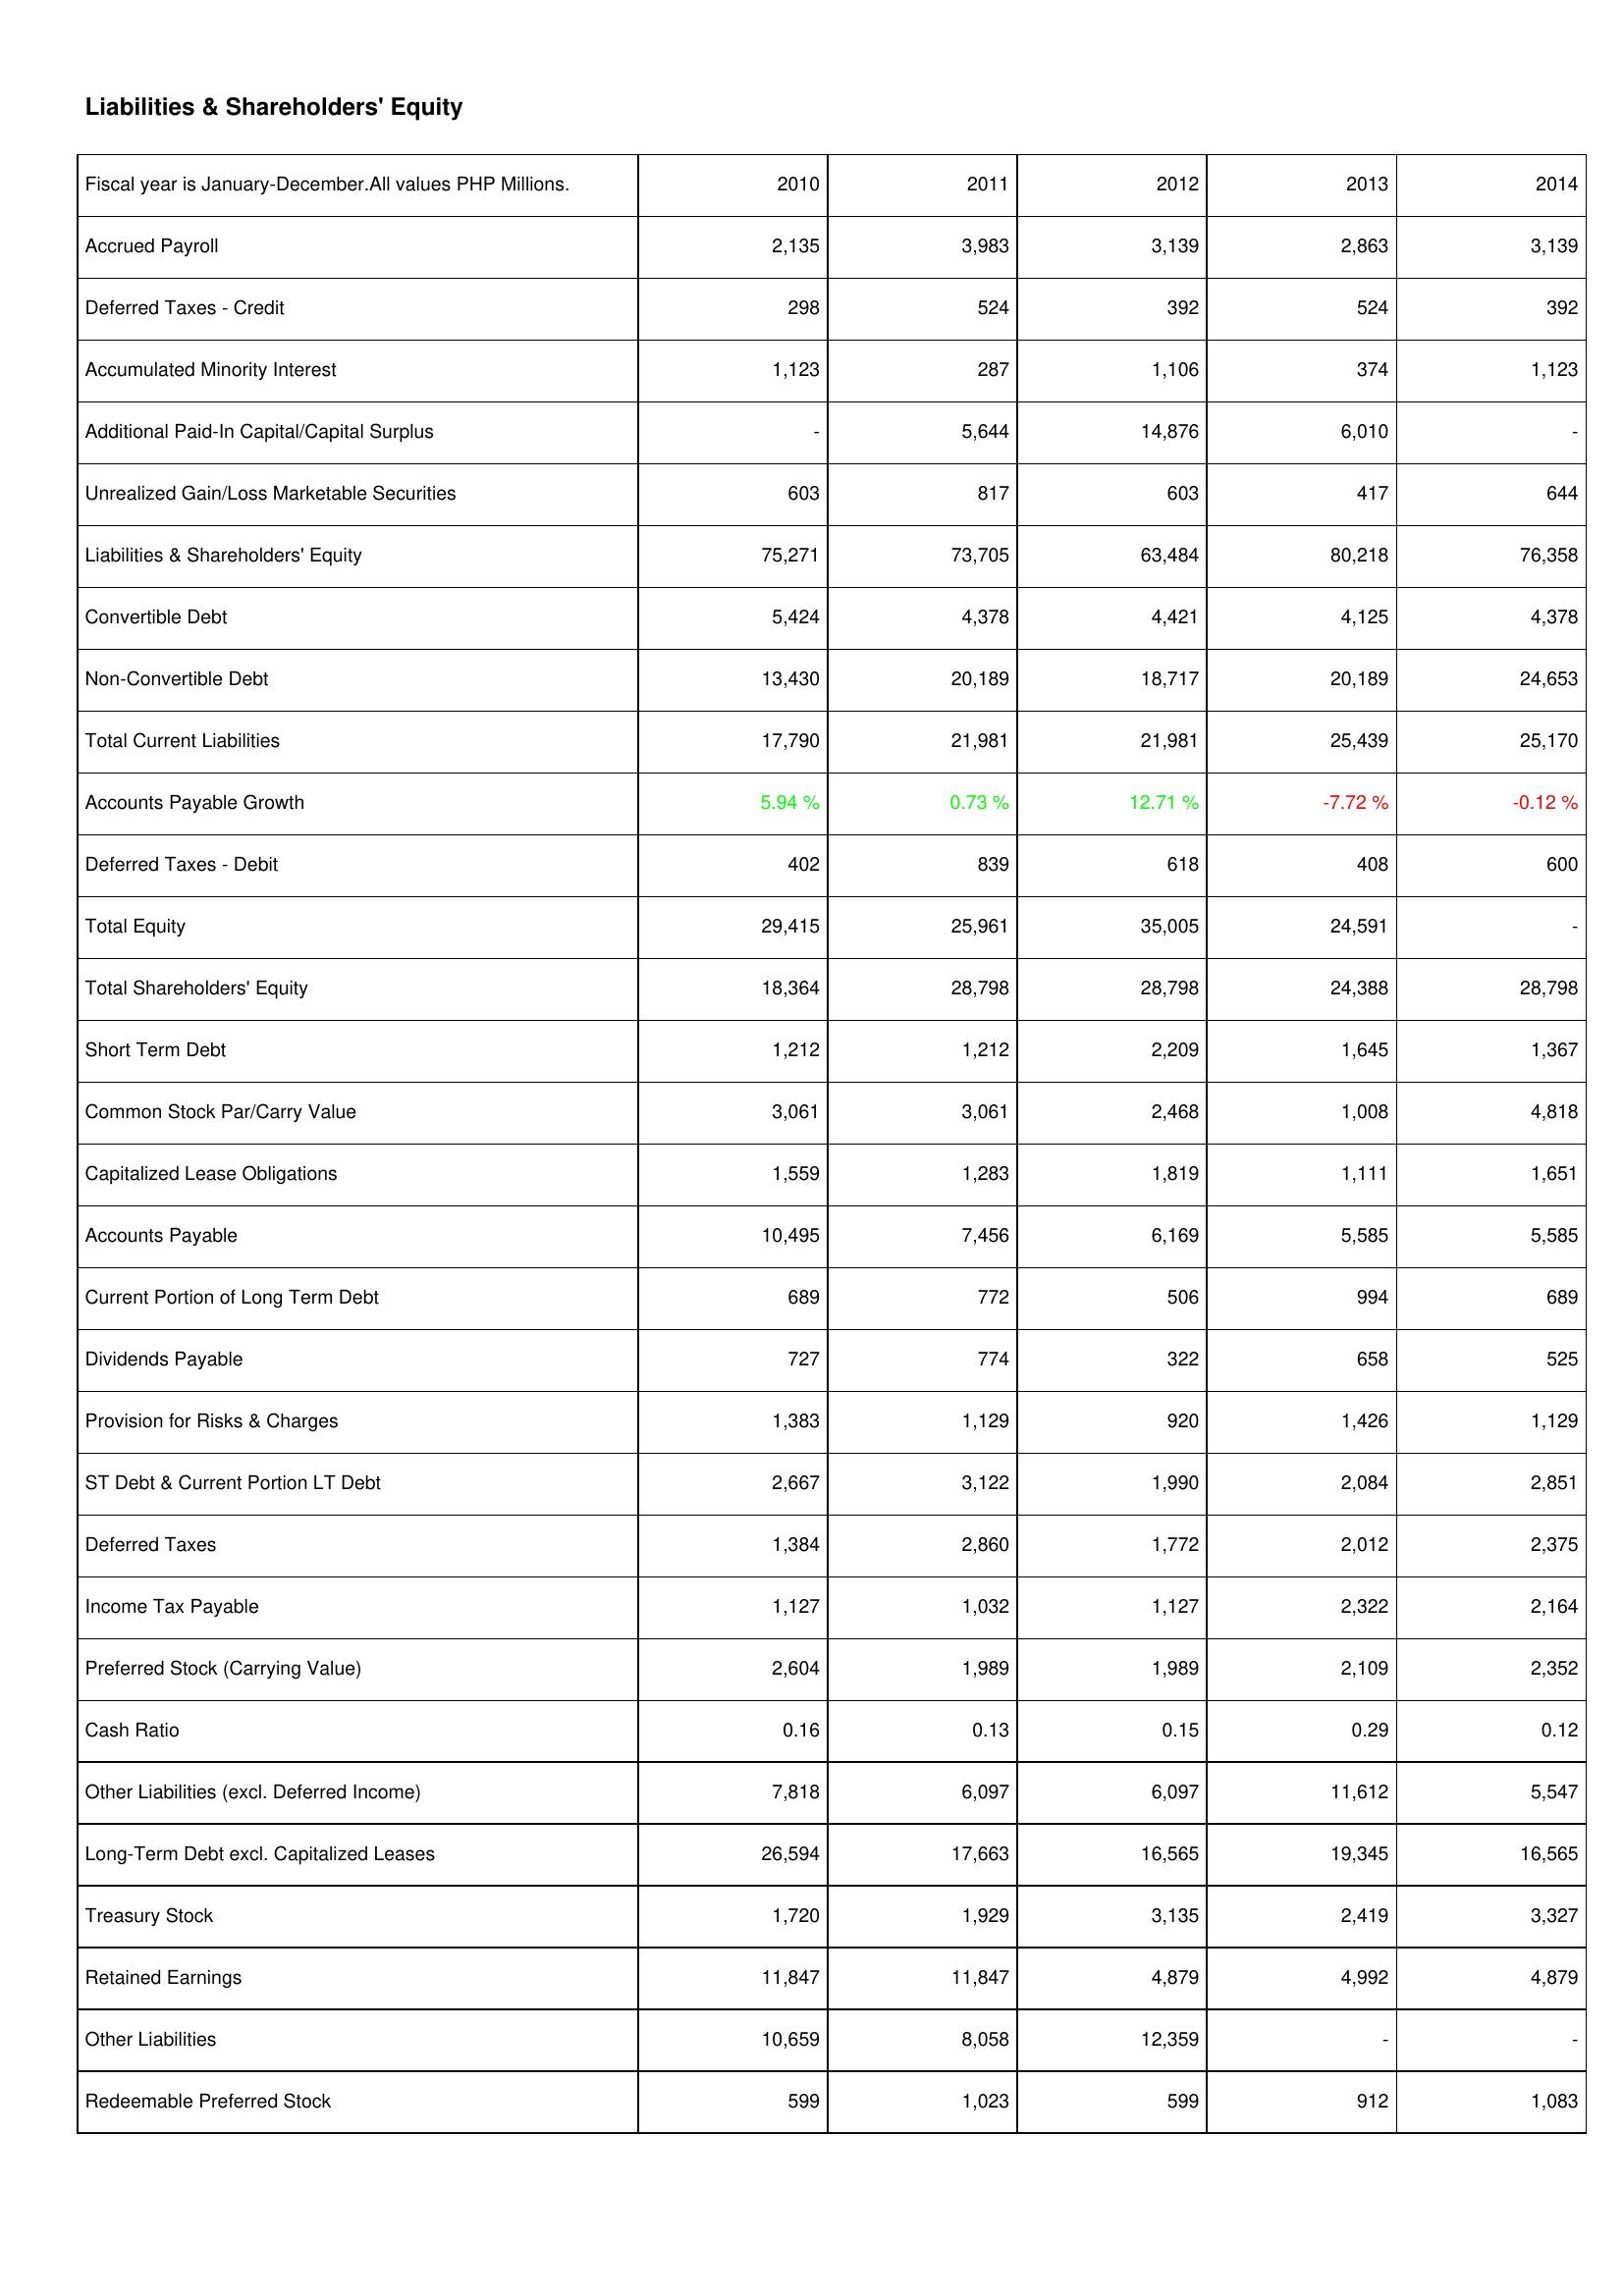
2010: Liabilities & Shareholders' Equity: Accrued Payroll: 2,135
Deferred Taxes - Credit: 298
Accumulated Minority Interest: 1,123
Additional Paid-In Capital/Capital Surplus: -
Unrealized Gain/Loss Marketable Securities: 603
Liabilities & Shareholders' Equity: 75,271
Convertible Debt: 5,424
Non-Convertible Debt: 13,430
Total Current Liabilities: 17,790
Accounts Payable Growth: 5.94 %
Deferred Taxes - Debit: 402
Total Equity: 29,415
Total Shareholders' Equity: 18,364
Short Term Debt: 1,212
Common Stock Par/Carry Value: 3,061
Capitalized Lease Obligations: 1,559
Accounts Payable: 10,495
Current Portion of Long Term Debt: 689
Dividends Payable: 727
Provision for Risks & Charges: 1,383
ST Debt & Current Portion LT Debt: 2,667
Deferred Taxes: 1,384
Income Tax Payable: 1,127
Preferred Stock (Carrying Value): 2,604
Cash Ratio: 0.16
Other Liabilities (excl. Deferred Income): 7,818
Long-Term Debt excl. Capitalized Leases: 26,594
Treasury Stock: 1,720
Retained Earnings: 11,847
Other Liabilities: 10,659
Redeemable Preferred Stock: 599
2011: Liabilities & Shareholders' Equity: Accrued Payroll: 3,983
Deferred Taxes - Credit: 524
Accumulated Minority Interest: 287
Additional Paid-In Capital/Capital Surplus: 5,644
Unrealized Gain/Loss Marketable Securities: 817
Liabilities & Shareholders' Equity: 73,705
Convertible Debt: 4,378
Non-Convertible Debt: 20,189
Total Current Liabilities: 21,981
Accounts Payable Growth: 0.73 %
Deferred Taxes - Debit: 839
Total Equity: 25,961
Total Shareholders' Equity: 28,798
Short Term Debt: 1,212
Common Stock Par/Carry Value: 3,061
Capitalized Lease Obligations: 1,283
Accounts Payable: 7,456
Current Portion of Long Term Debt: 772
Dividends Payable: 774
Provision for Risks & Charges: 1,129
ST Debt & Current Portion LT Debt: 3,122
Deferred Taxes: 2,860
Income Tax Payable: 1,032
Preferred Stock (Carrying Value): 1,989
Cash Ratio: 0.13
Other Liabilities (excl. Deferred Income): 6,097
Long-Term Debt excl. Capitalized Leases: 17,663
Treasury Stock: 1,929
Retained Earnings: 11,847
Other Liabilities: 8,058
Redeemable Preferred Stock: 1,023
2012: Liabilities & Shareholders' Equity: Accrued Payroll: 3,139
Deferred Taxes - Credit: 392
Accumulated Minority Interest: 1,106
Additional Paid-In Capital/Capital Surplus: 14,876
Unrealized Gain/Loss Marketable Securities: 603
Liabilities & Shareholders' Equity: 63,484
Convertible Debt: 4,421
Non-Convertible Debt: 18,717
Total Current Liabilities: 21,981
Accounts Payable Growth: 12.71 %
Deferred Taxes - Debit: 618
Total Equity: 35,005
Total Shareholders' Equity: 28,798
Short Term Debt: 2,209
Common Stock Par/Carry Value: 2,468
Capitalized Lease Obligations: 1,819
Accounts Payable: 6,169
Current Portion of Long Term Debt: 506
Dividends Payable: 322
Provision for Risks & Charges: 920
ST Debt & Current Portion LT Debt: 1,990
Deferred Taxes: 1,772
Income Tax Payable: 1,127
Preferred Stock (Carrying Value): 1,989
Cash Ratio: 0.15
Other Liabilities (excl. Deferred Income): 6,097
Long-Term Debt excl. Capitalized Leases: 16,565
Treasury Stock: 3,135
Retained Earnings: 4,879
Other Liabilities: 12,359
Redeemable Preferred Stock: 599
2013: Liabilities & Shareholders' Equity: Accrued Payroll: 2,863
Deferred Taxes - Credit: 524
Accumulated Minority Interest: 374
Additional Paid-In Capital/Capital Surplus: 6,010
Unrealized Gain/Loss Marketable Securities: 417
Liabilities & Shareholders' Equity: 80,218
Convertible Debt: 4,125
Non-Convertible Debt: 20,189
Total Current Liabilities: 25,439
Accounts Payable Growth: -7.72 %
Deferred Taxes - Debit: 408
Total Equity: 24,591
Total Shareholders' Equity: 24,388
Short Term Debt: 1,645
Common Stock Par/Carry Value: 1,008
Capitalized Lease Obligations: 1,111
Accounts Payable: 5,585
Current Portion of Long Term Debt: 994
Dividends Payable: 658
Provision for Risks & Charges: 1,426
ST Debt & Current Portion LT Debt: 2,084
Deferred Taxes: 2,012
Income Tax Payable: 2,322
Preferred Stock (Carrying Value): 2,109
Cash Ratio: 0.29
Other Liabilities (excl. Deferred Income): 11,612
Long-Term Debt excl. Capitalized Leases: 19,345
Treasury Stock: 2,419
Retained Earnings: 4,992
Other Liabilities: -
Redeemable Preferred Stock: 912
2014: Liabilities & Shareholders' Equity: Accrued Payroll: 3,139
Deferred Taxes - Credit: 392
Accumulated Minority Interest: 1,123
Additional Paid-In Capital/Capital Surplus: -
Unrealized Gain/Loss Marketable Securities: 644
Liabilities & Shareholders' Equity: 76,358
Convertible Debt: 4,378
Non-Convertible Debt: 24,653
Total Current Liabilities: 25,170
Accounts Payable Growth: -0.12 %
Deferred Taxes - Debit: 600
Total Equity: -
Total Shareholders' Equity: 28,798
Short Term Debt: 1,367
Common Stock Par/Carry Value: 4,818
Capitalized Lease Obligations: 1,651
Accounts Payable: 5,585
Current Portion of Long Term Debt: 689
Dividends Payable: 525
Provision for Risks & Charges: 1,129
ST Debt & Current Portion LT Debt: 2,851
Deferred Taxes: 2,375
Income Tax Payable: 2,164
Preferred Stock (Carrying Value): 2,352
Cash Ratio: 0.12
Other Liabilities (excl. Deferred Income): 5,547
Long-Term Debt excl. Capitalized Leases: 16,565
Treasury Stock: 3,327
Retained Earnings: 4,879
Other Liabilities: -
Redeemable Preferred Stock: 1,083